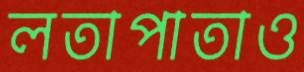
লতাপাতাও